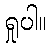
ရှုပါ။